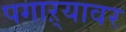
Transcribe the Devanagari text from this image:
पगाऱ्यावर